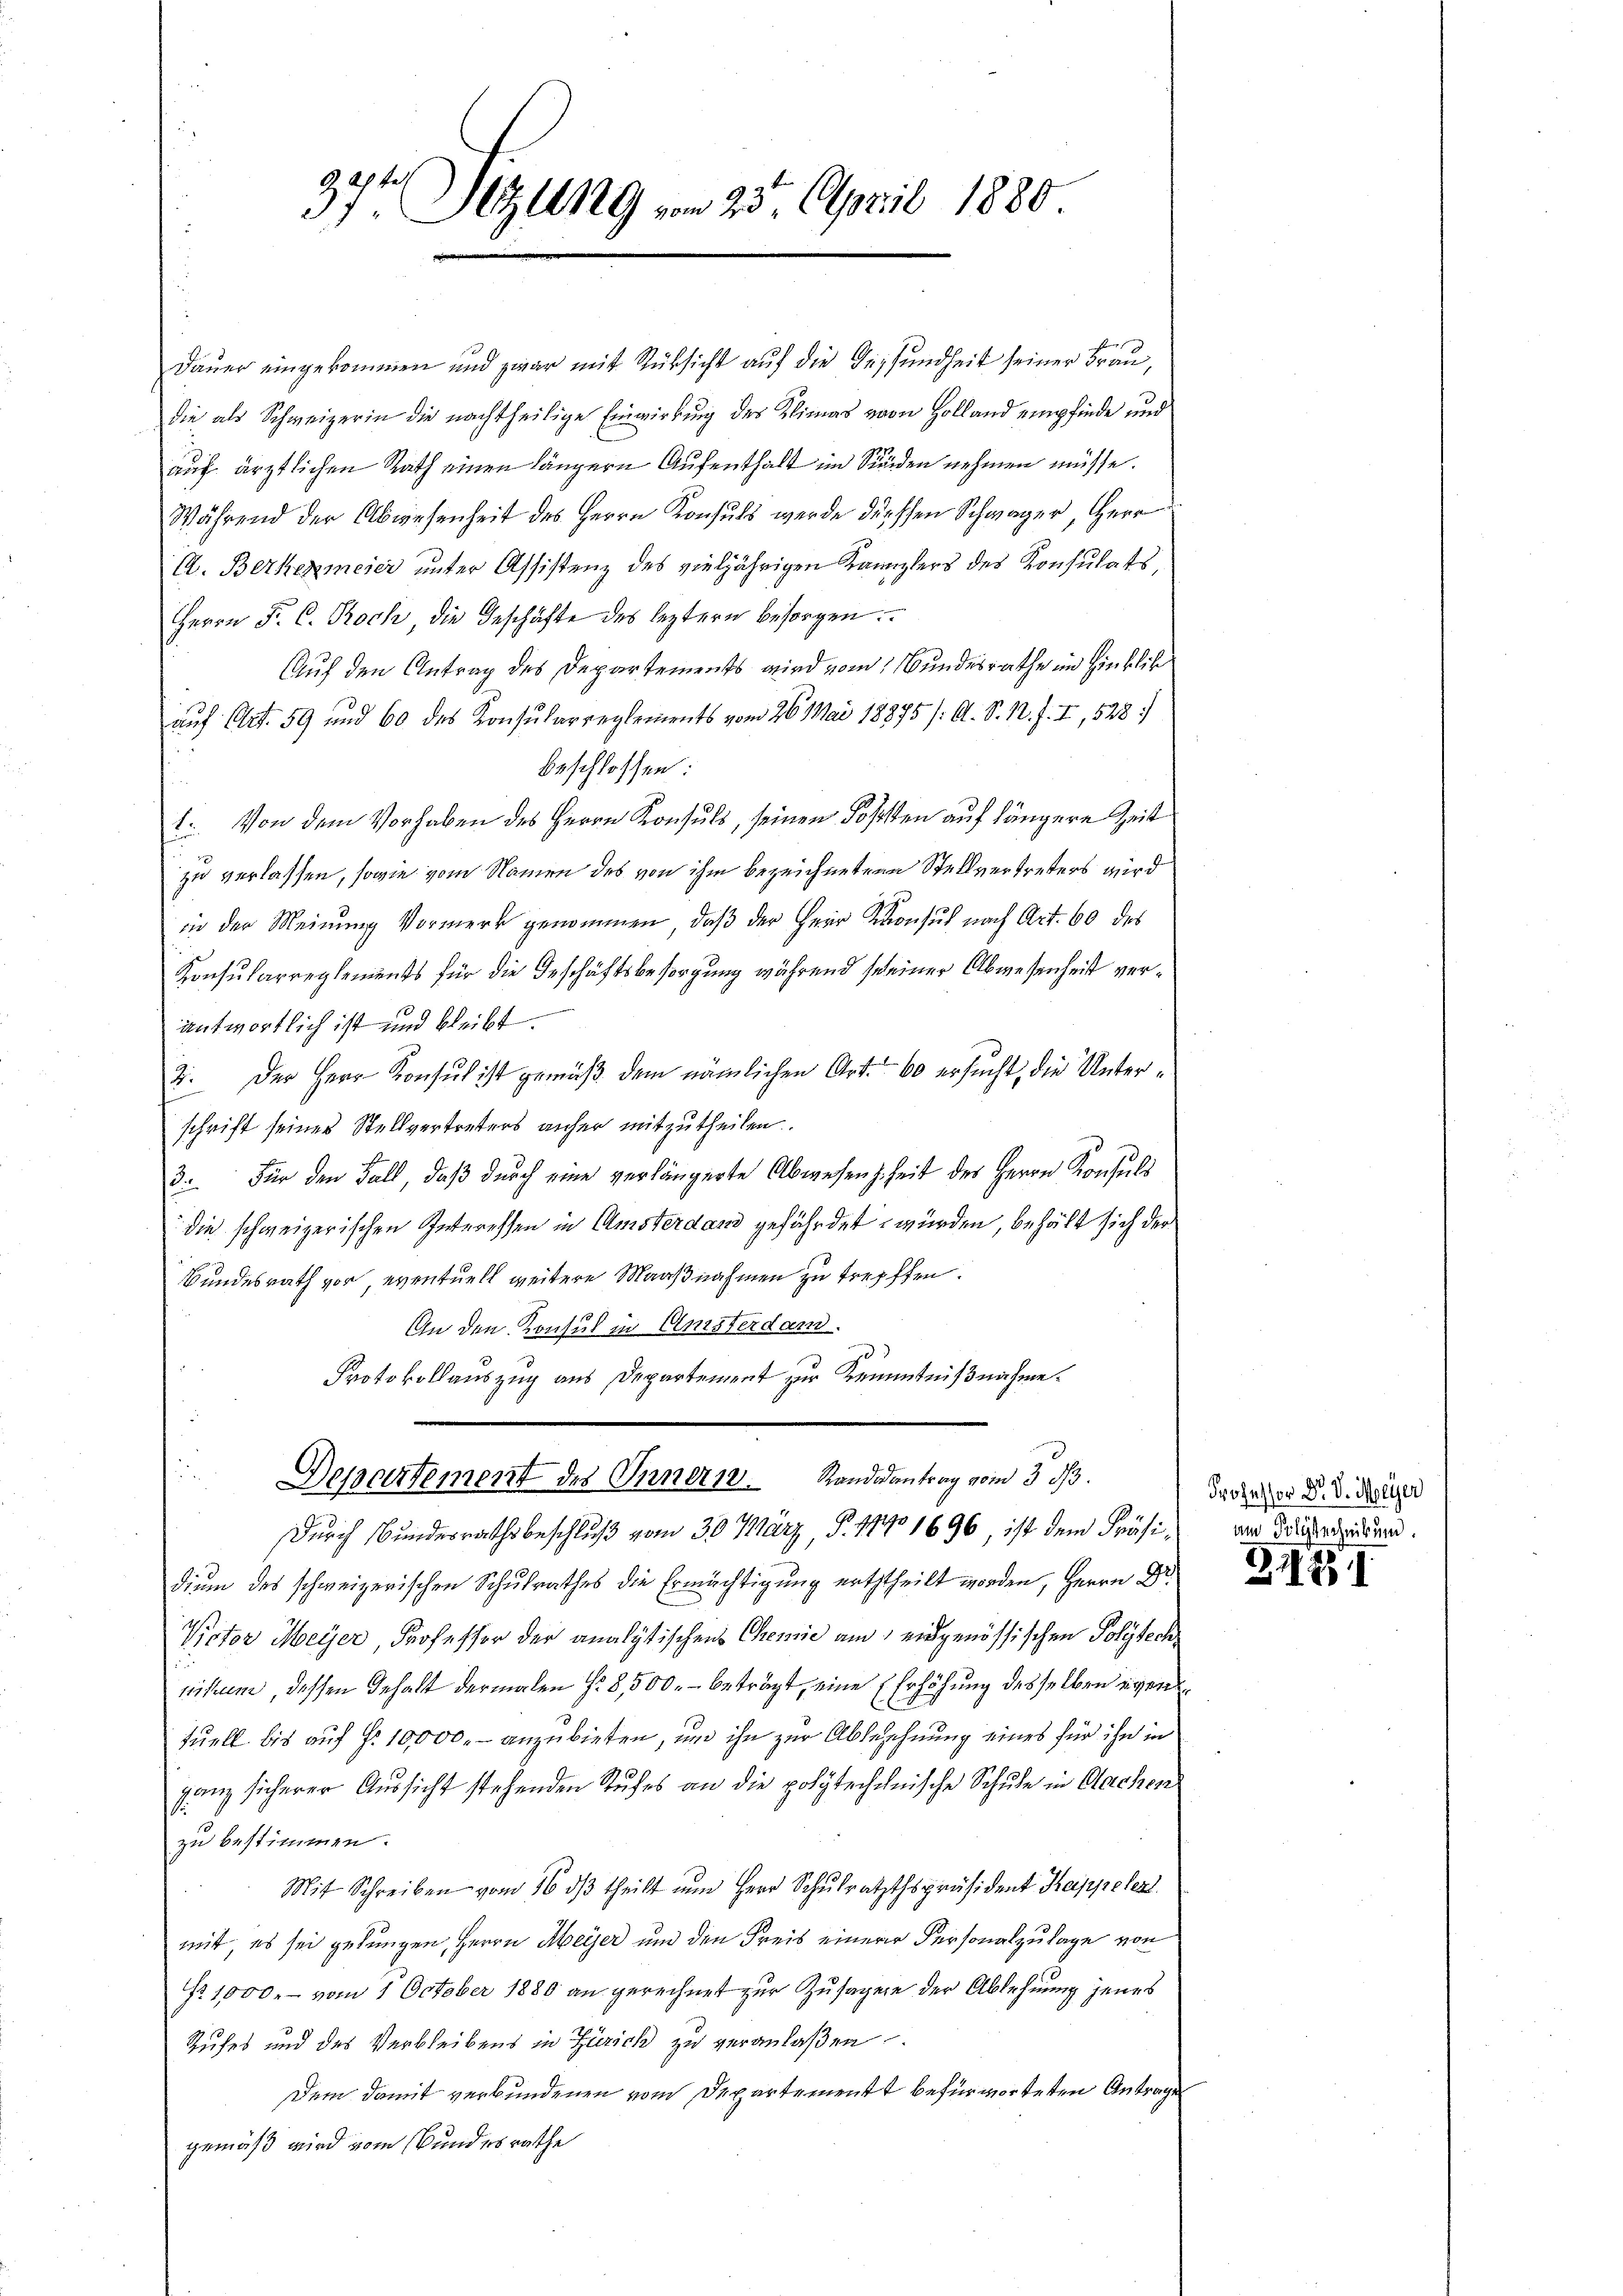
37t Setzung vom 23. April 1880.

Dauer eingekommen und zwar mit Rücksicht auf die Gesundheit seiner Frau,
die als Schweizerin die nachtheilige Einwirkung des Klimas von Holland empfinde und
auf ärztlichen Rath einen längern Aufenthalt im Sinden nehmen müsse.
Während der Abwesenheit des Herrn Konsuls werde dürschen Schwager, Herr
A. Bernermeier unter Assistenz des vieljährigen Kanzlers des Konsulats,
Herrn F. C. Proch die Geschäfte des leztern besorgen.
Auf den Antrag des Departements wird vom Bundesrathe im Hinblik
auf Art. 59 und 60 des Konsularreglements vom 26. Mai 18875 /: A. S. M. J. I, 528)
beschlossen:
1. Von dem Vorhaben des Herrn Konsuls, seinen Poststen auf längere Zeit
zu verlassen, sowie vom Namen des von ihm bezeichneten Stellvertreters wird
in der Meinung Vormerk genommen, daß der Herr Konsul nach Art. 60 des
Konsularreglements für die Geschäftsbesorgung während seiner Abwesenheit verantwortlich ist und bleibt.
2. Der Herr Konsul ist gemäβ dem nämlichen Art. 60 ersucht, die Unterschrift seiner Stellvertreters anher mitzutheilen.
3. Für den Fall, daß durch eine verlängerte Abwesenheit des Herrn Konsuls
die schweizerischen Interessen in Amsterdand gefährdet würden, behält sich der
Bundesrath vor, eventuell weitere Maaßnahmen zu treffen.
In den Konsul in Ansterdam.
Protokollauszug aus Departement zur Kenntnißnahme.
Departement des Innern. Randeantrag vom 3. d.
Durch Bundesrathsbeschluß vom 30 März P. 1940 1696, ist dem Präsidiem des schweizerischen Schulrath die Ermächtigung ertheilt worden, Herr Dr.
Victor Meyer, Professor der analytischens Chemie am eidgenössischen Polytechnitum, dessen Gehalt dermalen No 8,500. beträgt, eine Erhöhung desselben eigentuell bis auf §. 10,000.- anzubieten, um ihn zur Ableschnung eines für ihn in
ganz sicherer Aussicht stehenden Stufes an die polytechehnische Schule in Aachen
zu bestimmen.
Mit Schreiben vom 16. dβ theilt ŭm Herr Schŭlraththspräsident Kappeler
mit, es sei gelungen, Herrn Meyer und den Kreis einerer Personalzulage von
Nr. 1000.- vom 1. October 1880 an gerechnet zur Zusagen der Ablehnung jenes
Rufes und des Verbleibens in Zürich zu veranlaßen.
Dem damit verbundenen vom Departement befürworteten Antrage
gemäß wird vom Bundesrathe

Professor Dr. v. Meyer
am Polytechnikum.

ZI 231